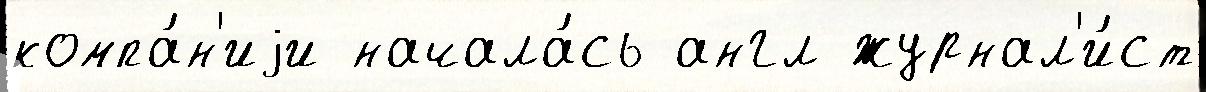
компа́н'иjи начала́сь англ журнал'и́ст